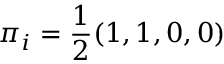
\boldsymbol { \pi } _ { i } = \frac { 1 } { 2 } ( 1 , 1 , 0 , 0 )